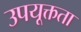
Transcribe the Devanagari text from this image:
उपयूक्तता